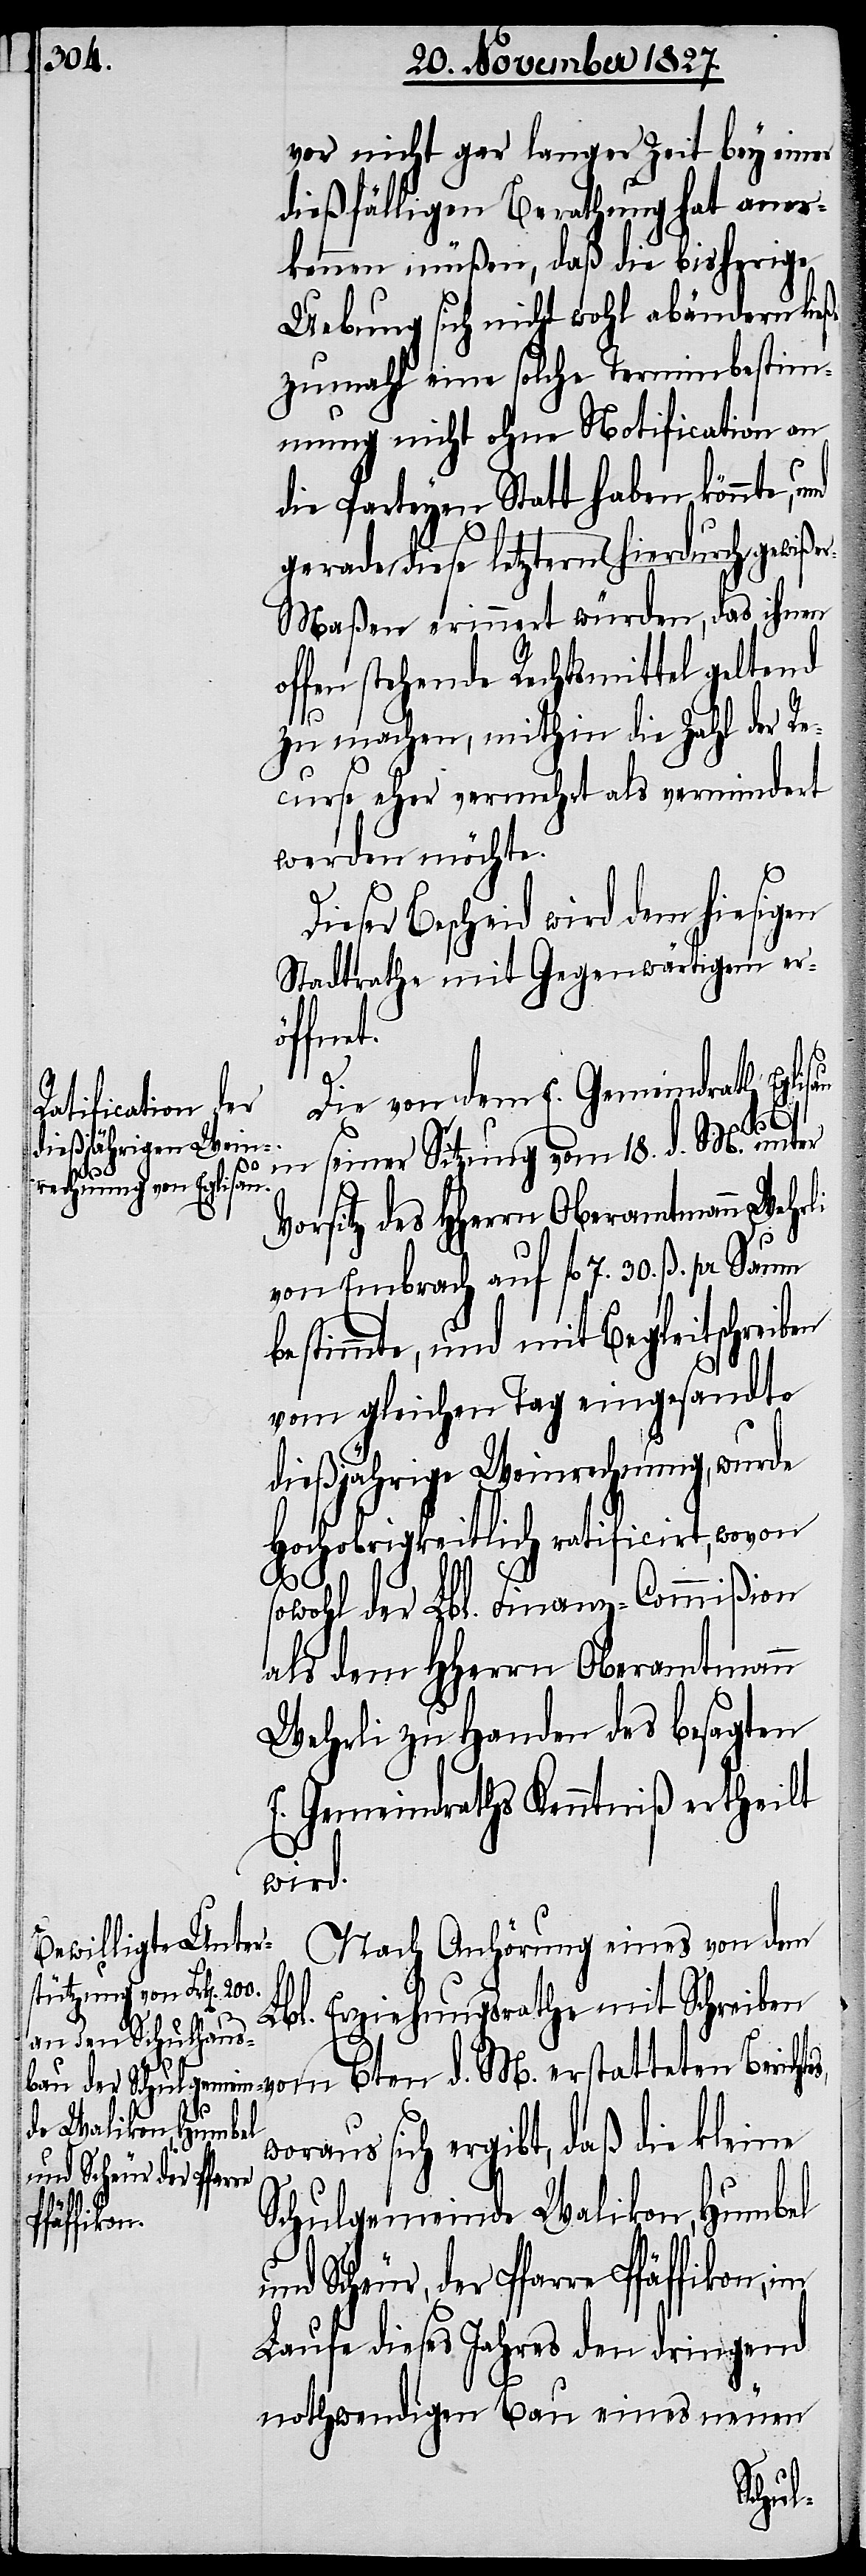
vor nicht gar langer Zeit bey einer
dießfälligen Berathung hat aner¬
kennen müßen, daß die bisherige
Uebung sich nicht wohl abändern ließ,
zumahl eine solche Terminbestim¬
mung nicht ohne Notification an
die Partheyen Statt haben könnte,
gerade diese letztern hierdurch gewißer¬
maßen erinnert würden, daß ihnen
ffen stehende Rechtsmittel geltend
zu machen, mithin die Zahl der Re¬
curse aber vermehrt als vermindert
werden möchte.
ieser Bescheid wird dem hiesigen
Stadtrathe mit Gegenwärtigem er¬
öffnet.
Die von dem E. Gemeindrath Eglisau
P¬
re
seiner Sitzung vom 18. d. M.
d. M.
Vorsitz des HHerrn Oberamtmann Wehrli
von Embrach auf fl. 7. 30. ß. pr. Saum
bestimmte, und mit Begleitschreiben
vom gleichen Tag eingesandte
dießjährige Weinrechnung, wurde
Hochobrigkeitlich ratificirt, wovon
sowohl der Lbl. Finanz-Commißion
als dem HHerrn Oberamtmann
Wehrli zu Handen des besagten
E. Gemeindraths Kenntniß ertheilt
wird.
Nach Anhörung eines von dem
Lbl. Erziehungsrathe mit Schreiben
woraus sich ergibt, daß die kleine
und Scheur, der Pfar¬
Schulgemeinde Walikon, Humbel
fäffikon,
Laufe dieses Jahres den dringend
D¬
nothwendigen Bau eines neuen